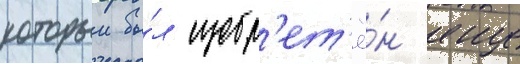
которыи бы́л изобр'ет'ё́н еще